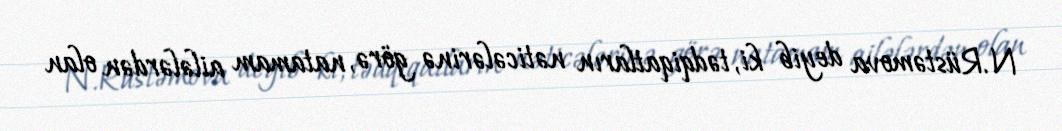
N.Rüstəmova deyib ki, tədqiqatların nəticələrinə görə, natamam ailələrdən olan